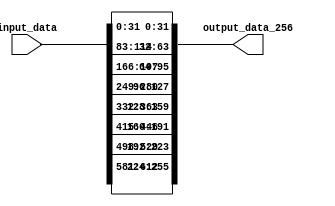
module BitDataConcat(
  input wire [663:0] input_data,
  output wire [255:0] output_data_256
);

  reg [82:0] data_segments [7:0];
  reg [31:0] last_32_bits [7:0];
  reg [255:0] concatenated_bits;

  integer i;

  always @(*) begin
    // Split  input into 8 
    for (i = 0; i < 8; i = i + 1)
      data_segments[i] = input_data[(i+1)*83-1 : i*83];

    // Extract the last 32 bits from each 
    for (i = 0; i < 8; i = i + 1)
      last_32_bits[i] = data_segments[i][31 : 0];

    // Concatenate the 32-bit segments to 256-bit
    concatenated_bits = {last_32_bits[7], last_32_bits[6], last_32_bits[5], last_32_bits[4], last_32_bits[3], last_32_bits[2], last_32_bits[1], last_32_bits[0]};
  end

  assign output_data_256 = concatenated_bits;

endmodule